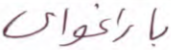
باراغواي